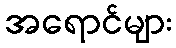
အရောင်များ